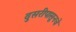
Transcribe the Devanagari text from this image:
दुसरीपासूनचे